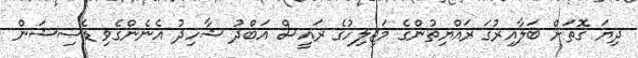
ދިޔަ ގޮތަށް ބަލާއިރުގަ ރައްޔިތުންގެ މަޖިލިހުގެ ރައީސް އަބްދު ޝާހިދު އެނެންގެވި ޑެސިޝަން